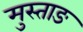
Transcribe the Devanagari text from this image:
मुस्ताङ